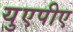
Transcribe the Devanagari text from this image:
युएपीए